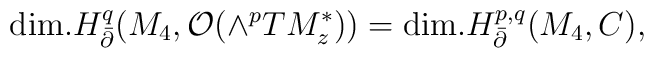
{\rm dim.} H_{\bar \partial}^{q}(M_4,{\cal O}( \wedge^p  TM^\ast_z ))= {\rm dim.} H_{\bar \partial}^{p,q}(M_4, C),